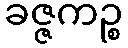
ခဇ္ဇကဉ္စ